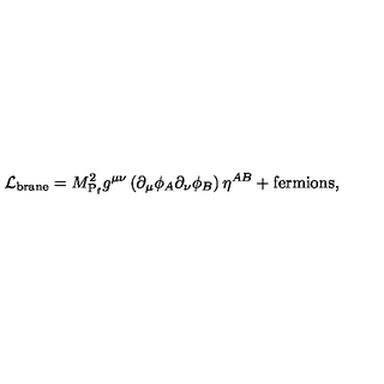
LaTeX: { \cal L } _ { \mathrm { b r a n e } } = M _ { \mathrm { P } _ { \mathrm { f } } } ^ { 2 } g ^ { \mu \nu } \left( \partial _ { \mu } \phi _ { A } \partial _ { \nu } \phi _ { B } \right) \eta ^ { A B } + \mathrm { f e r m i o n s } ,